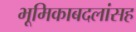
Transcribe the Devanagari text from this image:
भूमिकाबदलांसह